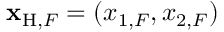
{ \bf x } _ { \mathrm { H } , F } = ( x _ { 1 , F } , x _ { 2 , F } )